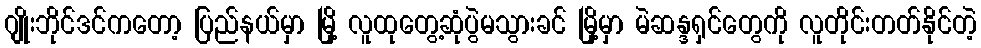
ဂျိုးဘိုင်ဒင်ကတော့ ပြည်နယ်မှာ မြို့ လူထုတွေ့ဆုံပွဲမသွားခင် မြို့မှာ မဲဆန္ဒရှင်တွေကို လူတိုင်းတတ်နိုင်တဲ့